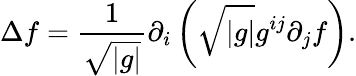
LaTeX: \Delta f={\frac{1}{\sqrt{|g|}}}\partial_{i}\left({\sqrt{|g|}}g^{ij}\partial_{j}f\right).